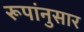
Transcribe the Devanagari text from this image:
रूपांनुसार